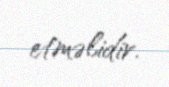
etməlidir.